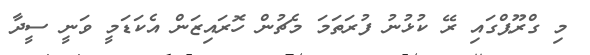
މި ގްރޫޕްގައި ރޭ ކުޅުނު ފުރަތަމަ މެޗުން ހޮރައިޒަން އެކަޑަމީ ވަނީ ސީދާ